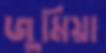
জুমিয়া